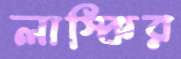
লাস্কির